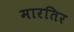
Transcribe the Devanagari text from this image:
मारतिर